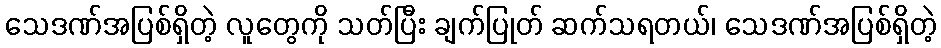
သေဒဏ်အပြစ်ရှိတဲ့ လူတွေကို သတ်ပြီး ချက်ပြုတ် ဆက်သရတယ်၊ သေဒဏ်အပြစ်ရှိတဲ့